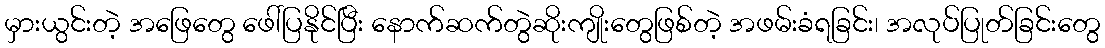
မှားယွင်းတဲ့ အဖြေတွေ ဖေါ်ပြနိုင်ပြီး နောက်ဆက်တွဲဆိုးကျိုးတွေဖြစ်တဲ့ အဖမ်းခံရခြင်း၊ အလုပ်ပြုတ်ခြင်းတွေ